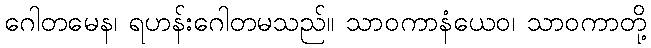
ဂေါတမေန၊ ရဟန်းဂေါတမသည်။ သာဝကာနံယေဝ၊ သာဝကာတို့